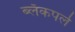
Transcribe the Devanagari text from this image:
ब्लॅकपर्ल